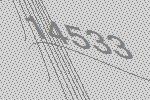
14533